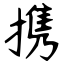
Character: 携